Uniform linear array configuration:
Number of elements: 4
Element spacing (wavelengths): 1
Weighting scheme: cosine
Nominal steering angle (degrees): -30
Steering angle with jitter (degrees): -31.681
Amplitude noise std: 0.05
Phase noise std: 0.05

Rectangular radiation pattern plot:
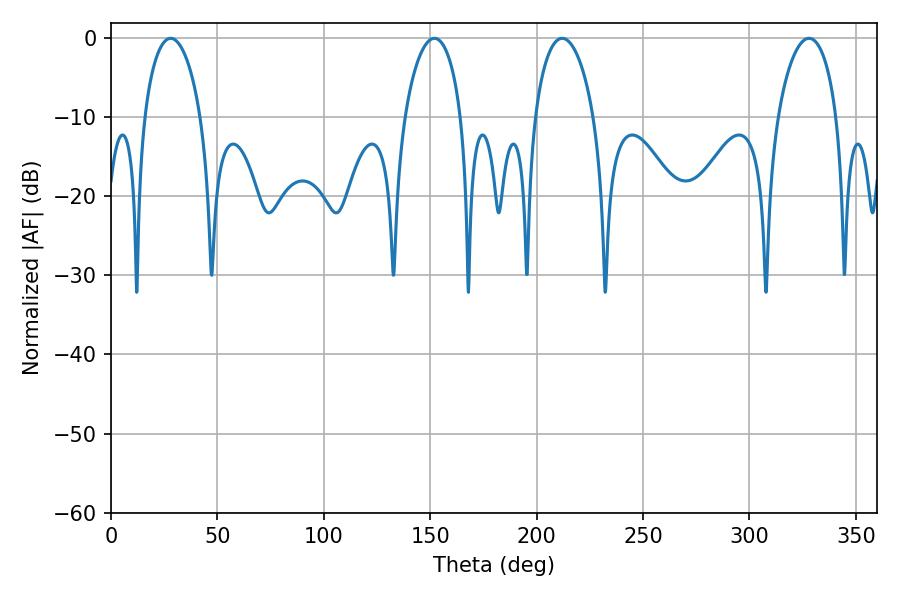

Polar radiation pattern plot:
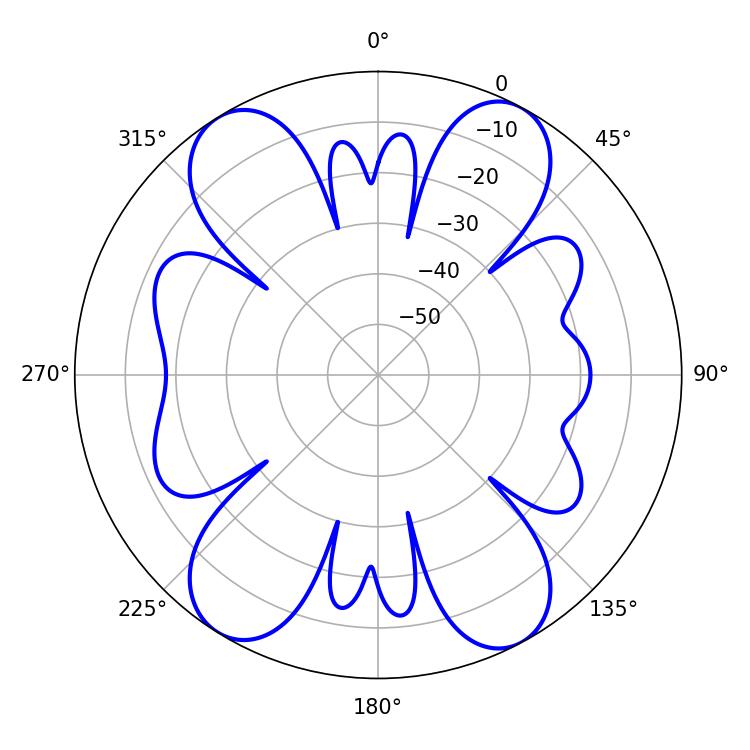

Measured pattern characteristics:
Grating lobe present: TRUE
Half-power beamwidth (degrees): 15.84
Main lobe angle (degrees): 212.04